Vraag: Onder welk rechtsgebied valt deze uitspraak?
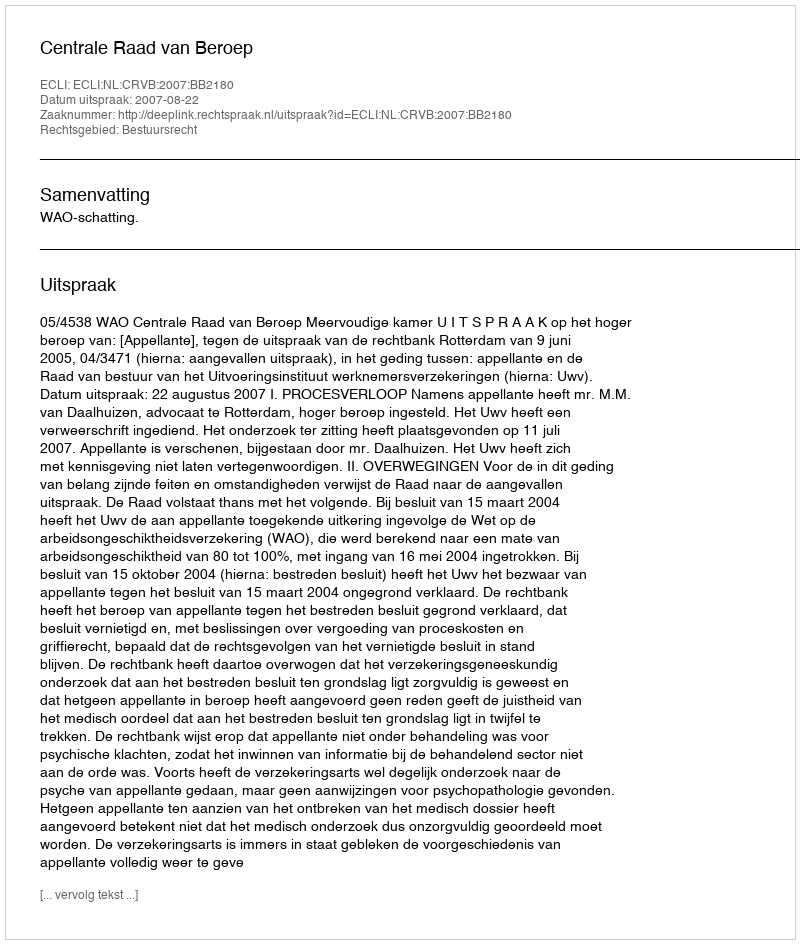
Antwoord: Bestuursrecht